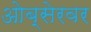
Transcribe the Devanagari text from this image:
ओब्सेरवर